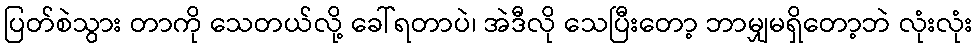
ပြတ်စဲသွား တာကို သေတယ်လို့ ခေါ်ရတာပဲ၊ အဲဒီလို သေပြီးတော့ ဘာမျှမရှိတော့ဘဲ လုံးလုံး